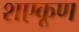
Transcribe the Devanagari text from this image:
शएकूण